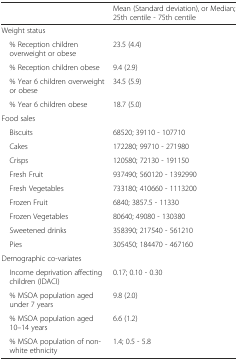
|  | Mean (Standard deviation), or Median; 25th centile - 75th centile |
 | --- | --- |
 | Weight status |  |
 | % Reception children overweight or obese | 23.5 (4.4) |
 | % Reception children obese | 9.4 (2.9) |
 | % Year 6 children overweight or obese | 34.5 (5.9) |
 | % Year 6 children obese | 18.7 (5.0) |
 | Food sales |  |
 | Biscuits | 68520; 39110 - 107710 |
 | Cakes | 172280; 99710 - 271980 |
 | Crisps | 120580; 72130 - 191150 |
 | Fresh Fruit | 937490; 560120 - 1392990 |
 | Fresh Vegetables | 733180; 410660 - 1113200 |
 | Frozen Fruit | 6840; 3857.5 - 11330 |
 | Frozen Vegetables | 80640; 49080 - 130380 |
 | Sweetened drinks | 358390; 217540 - 561210 |
 | Pies | 305450; 184470 - 467160 |
 | Demographic co-variates |  |
 | Income deprivation affecting children (IDACI) | 0.17; 0.10 - 0.30 |
 | % MSOA population aged under 7 years | 9.8 (2.0) |
 | % MSOA population aged 10–14 years | 6.6 (1.2) |
 | % MSOA population of non-white ethnicity | 1.4; 0.5 - 5.8 |